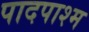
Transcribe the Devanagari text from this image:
पादपाश्म